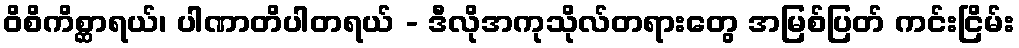
ဝိစိကိစ္ဆာရယ်၊ ပါဏာတိပါတရယ် - ဒီလိုအကုသိုလ်တရားတွေ အမြစ်ပြတ် ကင်းငြိမ်း